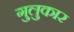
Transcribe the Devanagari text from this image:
गुलुकार